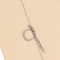
9